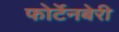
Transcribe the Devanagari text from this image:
फोर्टेनबेरी